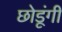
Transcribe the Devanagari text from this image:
छोडूंगी